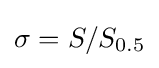
\sigma =S/S_{0.5}